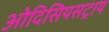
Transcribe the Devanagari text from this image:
ओदिसियसट्राय